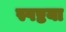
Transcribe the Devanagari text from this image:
स्पष्टया